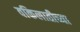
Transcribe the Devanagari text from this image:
वकिलातीच्या